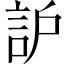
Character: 𧦈